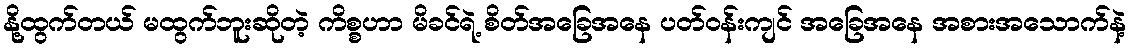
နို့ထွက်တယ် မထွက်ဘူးဆိုတဲ့ ကိစ္စဟာ မိခင်ရဲ့ စိတ်အခြေအနေ ပတ်ဝန်းကျင် အခြေအနေ အစားအသောက်နဲ့